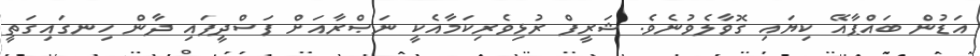
އަޑުން ބައްޕާއޭ ކިޔައި ގޮވާލެވުނެވެ. ޝަރީފް ރުޅިވެރިކަމާއެކީ ނަޞްރާއަށް ފަސްދީފައި ދާން ހިނގައިގަތީ